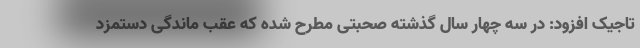
تاجیک افزود: در سه چهار سال گذشته صحبتی مطرح شده که عقب ماندگی دستمزد